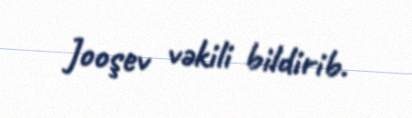
Jooşev vəkili bildirib.